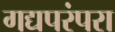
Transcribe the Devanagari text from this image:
गद्यपरंपरा